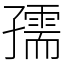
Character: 孺